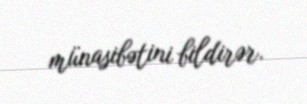
münasibətini bildirər.